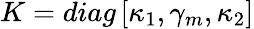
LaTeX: K=diag\left[\kappa_{1},\gamma_{m},\kappa_{2}\right]